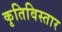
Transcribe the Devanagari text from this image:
कृतिविस्तार